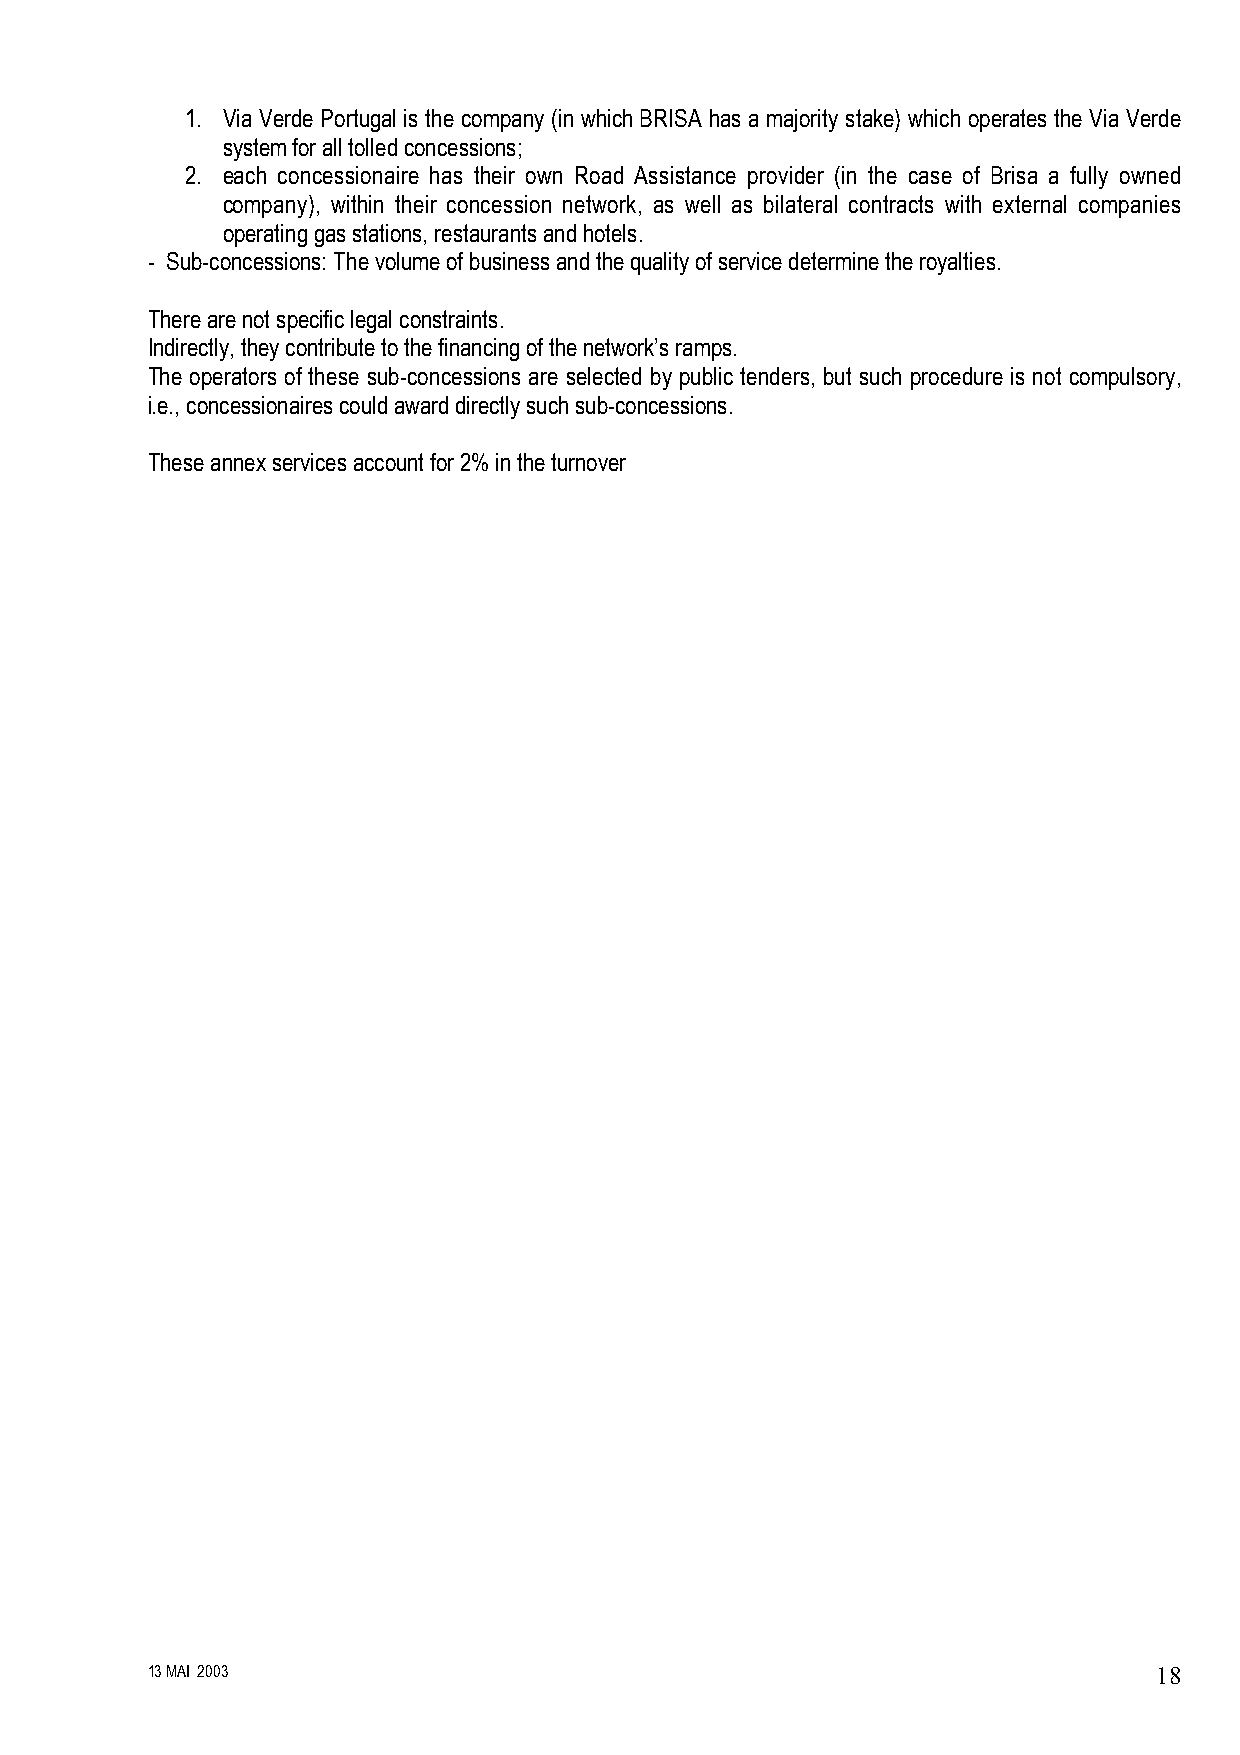
1. Via Verde Portugal is the company (in which BRISA has a majority stake) which operates the Via Verde
 system for all tolled concessions;
 2. each concessionaire has their own Road Assistance provider (in the case of Brisa a fully owned
 company), within their concession network, as well as bilateral contracts with external companies
 operating gas stations, restaurants and hotels.
 - Sub-concessions: The volume of business and the quality of service determine the royalties.
 There are not specific legal constraints.
 Indirectly, they contribute to the financing of the network’s ramps.
 The operators of these sub-concessions are selected by public tenders, but such procedure is not compulsory,
 i.e., concessionaires could award directly such sub-concessions.
 These annex services account for 2% in the turnover
 13 MAI 2003                                                        18